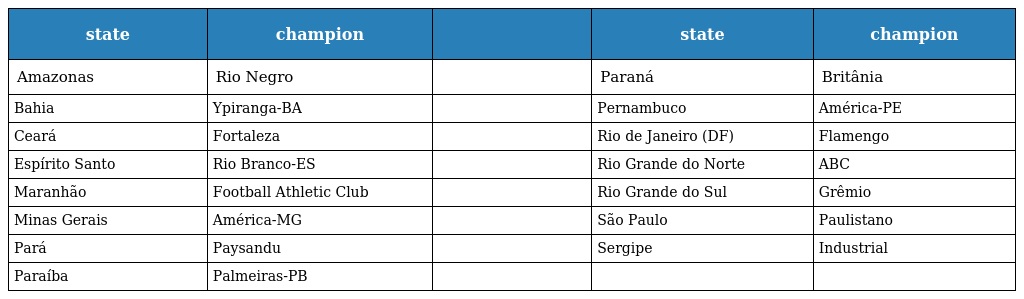
| state | champion |  | state | champion |
 | --- | --- | --- | --- | --- |
 | Amazonas | Rio Negro |  | Paraná | Britânia |
 | Bahia | Ypiranga-BA |  | Pernambuco | América-PE |
 | Ceará | Fortaleza |  | Rio de Janeiro (DF) | Flamengo |
 | Espírito Santo | Rio Branco-ES |  | Rio Grande do Norte | ABC |
 | Maranhão | Football Athletic Club |  | Rio Grande do Sul | Grêmio |
 | Minas Gerais | América-MG |  | São Paulo | Paulistano |
 | Pará | Paysandu |  | Sergipe | Industrial |
 | Paraíba | Palmeiras-PB |  |  |  |